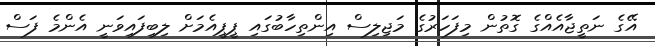
އޭގެ ނަތީޖާއެއްގެ ގޮތުން މިފަހަރުގެ މަޖިލިސް އިންތިހާބުގައި ޕީޕީއެމަށް ލިބިފައިވަނީ އެންމެ ފަސް